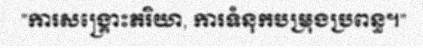
"ការសង្គ្រោះភរិយា, ការទំនុកបម្រុងប្រពន្ធ។"